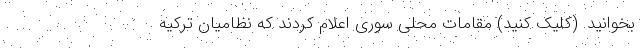
بخوانید. (کلیک کنید) مقامات محلی سوری اعلام کردند که نظامیان ترکیه